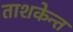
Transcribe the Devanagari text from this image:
ताशकेन्त